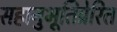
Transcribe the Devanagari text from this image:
सहानुभूतिप्रेरित